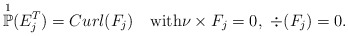
\begin{align*}\overset{1}{\mathbb{P}}(E^T_j)=Curl (F_j)\quad\mbox{with}\nu\times F_j=0,\ \div(F_j)=0.\end{align*}